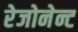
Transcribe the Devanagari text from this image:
रेजोनेन्ट